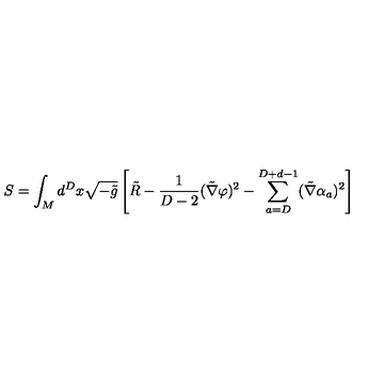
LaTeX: S = \int _ { M } d ^ { D } x \sqrt { - \tilde { g } } \left[ \tilde { R } - { \frac { 1 } { D - 2 } } ( \tilde { \nabla } \varphi ) ^ { 2 } - \sum _ { a = D } ^ { D + d - 1 } ( \tilde { \nabla } \alpha _ { a } ) ^ { 2 } \right]